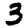
Digit: 3